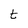
Character: t